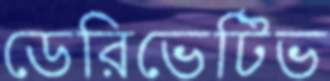
ডেরিভেটিভ